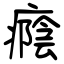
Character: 癊